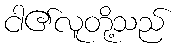
ငါ၏လူတို့သည်